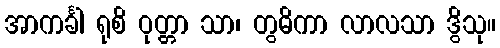
အာကင်္ခါ ရုစိ ဝုတ္တာ သာ၊ တွဓိကာ လာလသာ ဒွိသု။